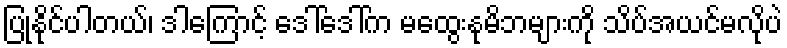
ပြုနိုင်ပါတယ်၊ ဒါကြောင့် ဒေါ်ဒေါ်က မထွေးနုမိဘများကို သိပ်အယင်မလိုပဲ